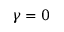
\gamma = 0